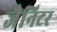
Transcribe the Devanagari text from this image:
जैनिटर